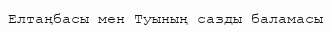
Елтаңбасы мен Туының сазды баламасы